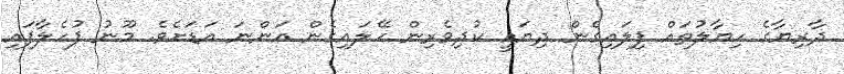
ދާރިޔާގެ ހިޔާލުތައް ފިލައިގެން ދިޔައީ ކުދިވެރިން ހޭލައިގެން އަންނަ އަޑަށެވެ. މޫނު ފުހެލާފައި